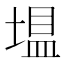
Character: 𪤂